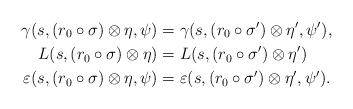
LaTeX: \begin{align*} \gamma(s,(r_0 \circ \sigma) \otimes \eta,\psi) &= \gamma(s,(r_0 \circ \sigma') \otimes \eta',\psi'), \\ L(s,(r_0 \circ \sigma) \otimes \eta) &= L(s,(r_0 \circ \sigma') \otimes \eta') \\\varepsilon(s,(r_0 \circ \sigma) \otimes \eta,\psi) &= \varepsilon(s,(r_0 \circ \sigma') \otimes \eta',\psi').\end{align*}